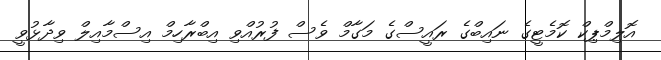
އޮލިމްޕިކް ކޮމެޓީގެ ނައިބްގެ ރައީސްގެ މަގާމް ވެސް ފުރުއްވި އިބްރާހިމް އިސްމާއިލް ވިދާޅުވީ